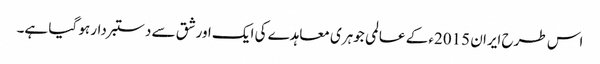
اس طرح ایران 2015ء کے عالمی جوہری معاہدے کی ایک اور شق سے دستبردار ہو گیا ہے۔